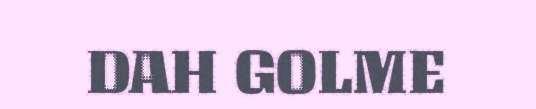
DAH GOLME